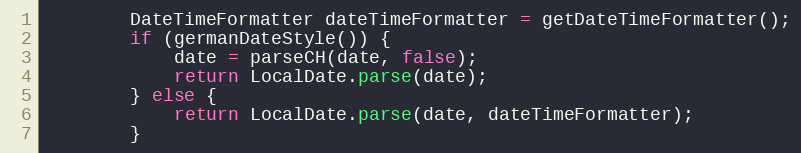
Language: Java
		DateTimeFormatter dateTimeFormatter = getDateTimeFormatter();
		if (germanDateStyle()) {
			date = parseCH(date, false);
			return LocalDate.parse(date);
		} else {
			return LocalDate.parse(date, dateTimeFormatter);
		}